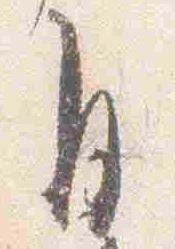
自